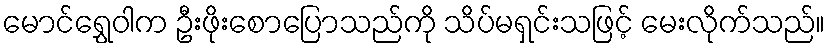
မောင်ရွှေဝါက ဦးဖိုးစောပြောသည်ကို သိပ်မရှင်းသဖြင့် မေးလိုက်သည်။